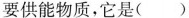
要供能物质，它是()